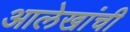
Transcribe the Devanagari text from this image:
आलेखांची